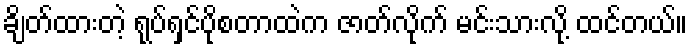
ချိတ်ထားတဲ့ ရုပ်ရှင်ပိုစတာထဲက ဇာတ်လိုက် မင်းသားလို့ ထင်တယ်။